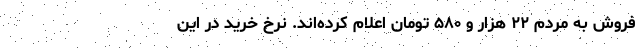
فروش به مردم ۲۲ هزار و ۵۸۰ تومان اعلام کرده‌اند. نرخ خرید در این